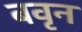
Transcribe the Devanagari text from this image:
बवृन